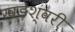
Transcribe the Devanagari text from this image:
खड़ेश्वरी